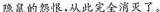
隐鼠的怨恨，从此完全消灭了。